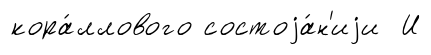
кора́ллового состоjа́н'иjи И